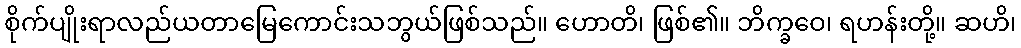
စိုက်ပျိုးရာလည်ယတာမြေကောင်းသဘွယ်ဖြစ်သည်။ ဟောတိ၊ ဖြစ်၏။ ဘိက္ခဝေ၊ ရဟန်းတို့။ ဆဟိ၊